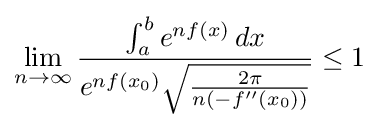
\lim _{n\to \infty }{\frac {\int _{a}^{b}e^{nf(x)}\,dx}{e^{nf(x_{0})}{\sqrt {\frac {2\pi }{n(-f''(x_{0}))}}}}}\leq 1